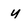
Character: y